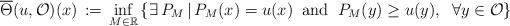
LaTeX: \begin{align*}\overline{\Theta}(u,\mathcal{O})(x)\,:=\,\inf_{M\in\mathbb{R}}\left\lbrace\exists \,P_M\,|\,P_M(x)=u(x)\;\;\mbox{and}\;\;P_M(y)\geq u(y),\;\;\forall y\in \mathcal{O}\right\rbrace\end{align*}